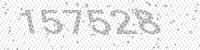
Solution: 157528